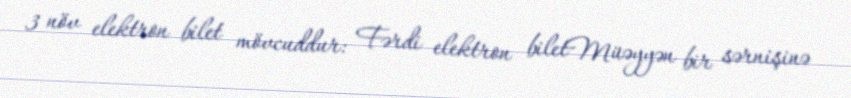
3 növ elektron bilet mövcuddur: Fərdi elektron biletMüəyyən bir sərnişinə